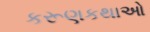
કરૂણકથાઓ